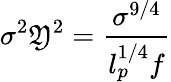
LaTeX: \sigma^{2}\mathfrak{Y}^{2}=\frac{{\sigma^{9/4}}}{{l_{p}^{1/4}f}}